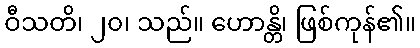
ဝီသတိ၊ ၂၀၊ သည်။ ဟောန္တိ၊ ဖြစ်ကုန်၏။